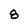
Character: 8